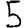
Digit: 5